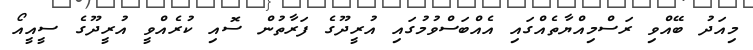
މިއަދު ބޭއްވި ރަސްމިއްޔާތެއްގައި އެއްބަސްވުމުގައި އުރީދޫގެ ފަރާތުން ސޮއި ކުރެއްވީ އުރީދޫގެ ސީއީއޯ